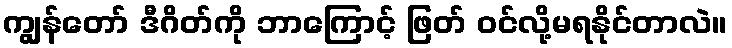
ကျွန်တော် ဒီဂိတ်ကို ဘာကြောင့် ဖြတ် ဝင်လို့မရနိုင်တာလဲ။